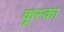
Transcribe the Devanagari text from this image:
कूस्का